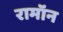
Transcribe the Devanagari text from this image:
रामॉन